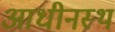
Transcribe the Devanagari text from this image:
आधीनस्थ